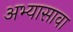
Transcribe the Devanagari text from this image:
अभ्यासावा